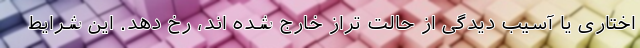
اختاری یا آسیب دیدگی از حالت تراز خارج شده اند، رخ دهد. این شرایط